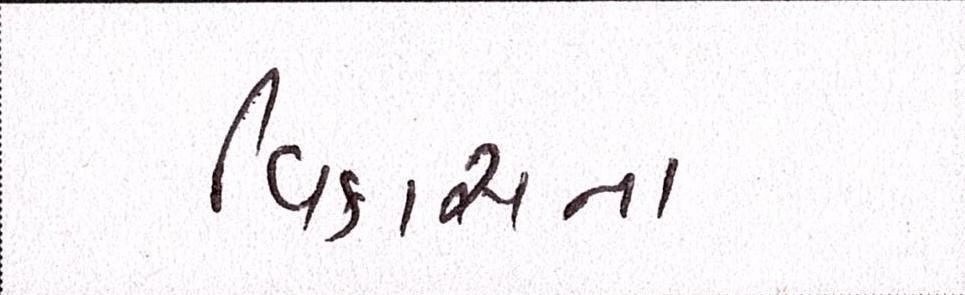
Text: વિકાસના